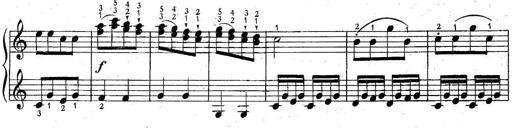
Title: 6 Easy Sonatinas
Composer: Carl Czerny